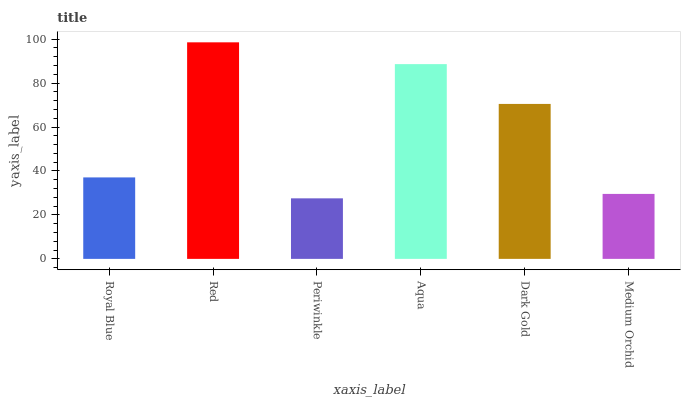
| xaxis_label | bars |
 | --- | --- |
 | Royal Blue | 37.1 |
 | Red | 98.5 |
 | Periwinkle | 27.6 |
 | Aqua | 88.6 |
 | Dark Gold | 70.5 |
 | Medium Orchid | 29.6 |